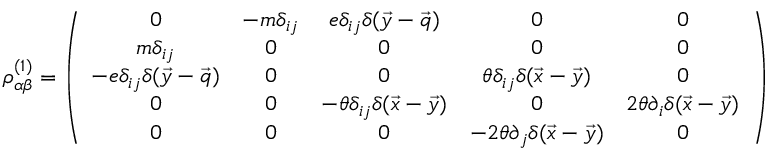
\rho _ { \alpha \beta } ^ { ( 1 ) } = \left( \begin{array} { c c c c c } { { 0 } } & { { - m \delta _ { i j } } } & { { e \delta _ { i j } \delta ( \vec { y } - \vec { q } ) } } & { { 0 } } & { { 0 } } \\ { { m \delta _ { i j } } } & { { 0 } } & { { 0 } } & { { 0 } } & { { 0 } } \\ { { - e \delta _ { i j } \delta ( \vec { y } - \vec { q } ) } } & { { 0 } } & { { 0 } } & { { \theta \delta _ { i j } \delta ( \vec { x } - \vec { y } ) } } & { { 0 } } \\ { { 0 } } & { { 0 } } & { { - \theta \delta _ { i j } \delta ( \vec { x } - \vec { y } ) } } & { { 0 } } & { { 2 \theta \partial _ { i } \delta ( \vec { x } - \vec { y } ) } } \\ { { 0 } } & { { 0 } } & { { 0 } } & { { - 2 \theta \partial _ { j } \delta ( \vec { x } - \vec { y } ) } } & { { 0 } } \end{array} \right)